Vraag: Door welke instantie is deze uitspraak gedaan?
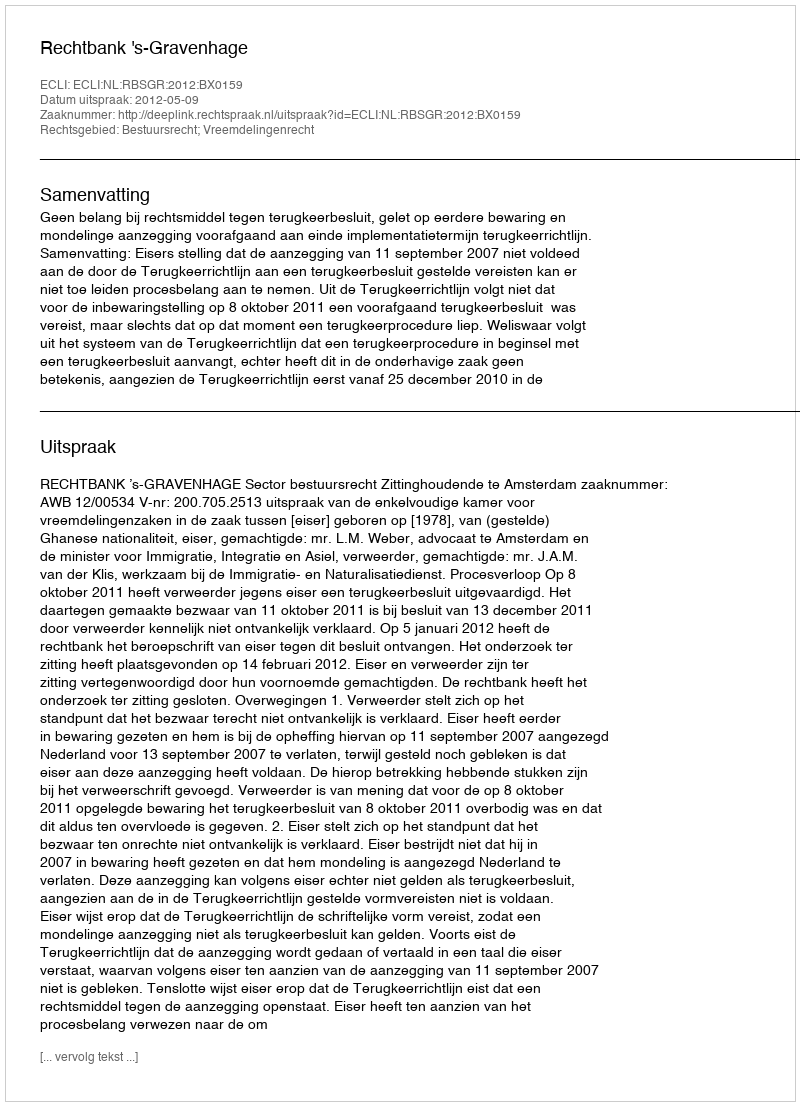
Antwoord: Rechtbank 's-Gravenhage